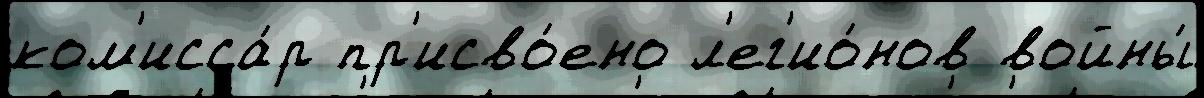
ком'исса́р пр'исво́ено л'ег'ио́нов войны́